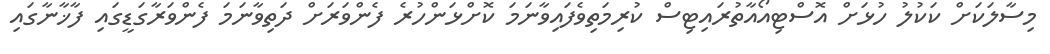
މިސާލަކަށް ކަކުލު ހުޅަށް އޮސްޓިއޯއާތުރައިޓިސް ކުރިމަތިވެފައިވާނަމަ ކޮށްޅަންހުރެ ފެންވަރަށް ދަތިވާނަމަ ފެންވަރާގަޑީގައި ފާޚާނާގައި